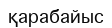
қарабайыс